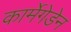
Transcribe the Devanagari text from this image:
कार्मेगेडेन